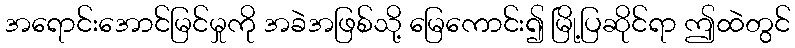
အရောင်းအောင်မြင်မှုကို အခဲအဖြစ်သို့ မြေကောင်း၍ မြို့ပြဆိုင်ရာ ဤထဲတွင်